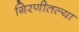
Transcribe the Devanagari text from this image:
गिरणीतल्या